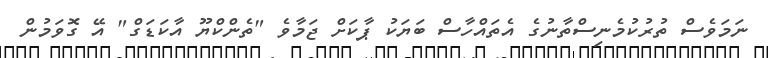
ނަމަވެސް ތުރުކުމެނިސްތާނުގެ އެތައްހާސް ބަޔަކު ޕާކަށް ޖަމާވެ "ތެންކްޔޫ އާކަޑަގް" އޭ ގޮވަމުން